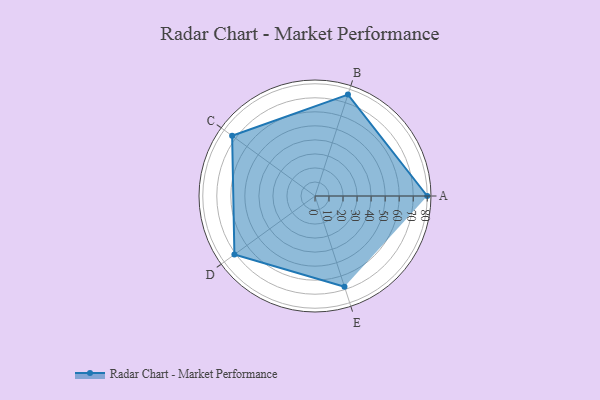
{"axis": {"x": "Skill", "y": "Score"}, "legend": ["Profile"], "data": [{"x": "A", "y": 80.0, "type": "Profile"}, {"x": "B", "y": 76.0, "type": "Profile"}, {"x": "C", "y": 73.0, "type": "Profile"}, {"x": "D", "y": 71.0, "type": "Profile"}, {"x": "E", "y": 68.0, "type": "Profile"}]}